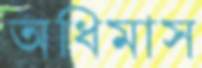
অধিমাস